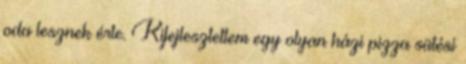
oda lesznek érte. Kifejlesztettem egy olyan házi pizza sütési